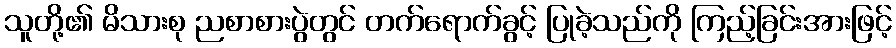
သူတို့၏ မိသားစု ညစာစားပွဲတွင် တက်ရောက်ခွင့် ပြုခဲ့သည်ကို ကြည့်ခြင်းအားဖြင့်